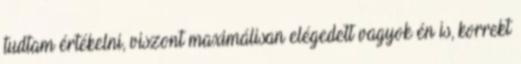
tudtam értékelni, viszont maximálisan elégedett vagyok én is, korrekt